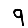
Digit: 9